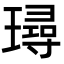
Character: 璕